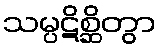
သမ္ပဋိစ္ဆိတွာ